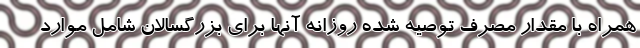
همراه با مقدار مصرف توصیه شده روزانه آنها برای بزرگسالان شامل موارد